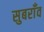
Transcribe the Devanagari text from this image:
सुबराँव